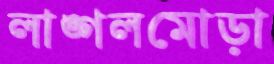
লাঙ্গলমোড়া